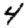
Digit: 4